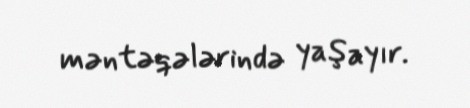
məntəqələrində yaşayır.